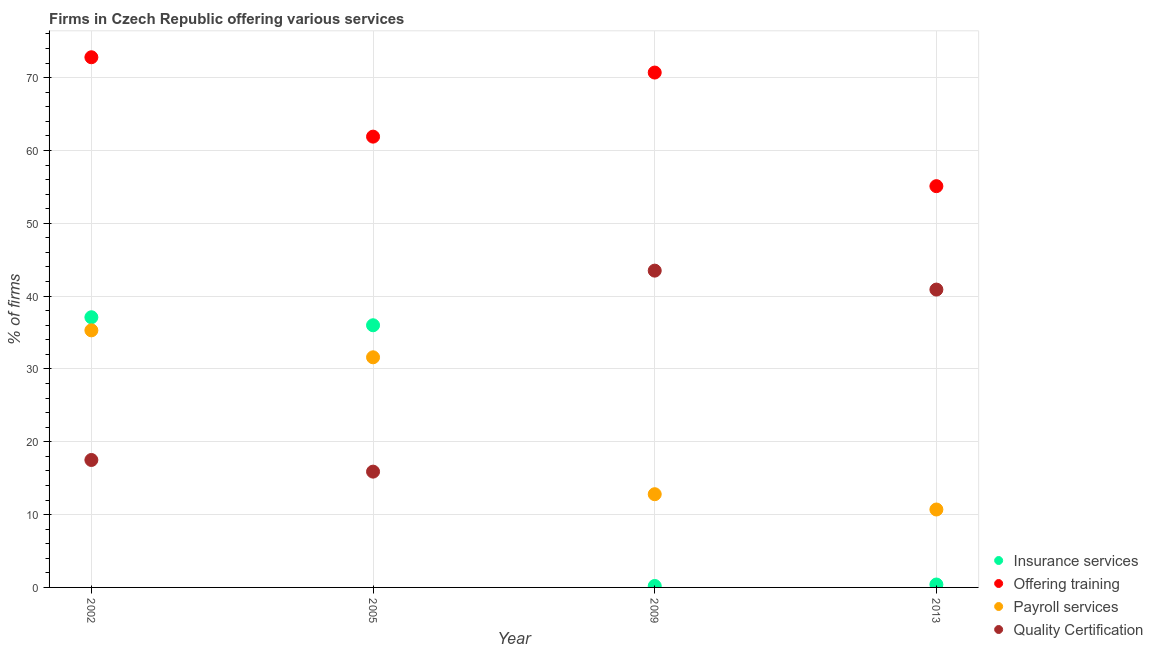
| Year | Insurance services | Offering training | Payroll services | Quality Certification |
 | --- | --- | --- | --- | --- |
 | 2002 | 37.1 | 72.8 | 35.3 | 17.5 |
 | 2005 | 36 | 61.9 | 31.6 | 15.9 |
 | 2009 | 0.2 | 70.7 | 12.8 | 43.5 |
 | 2013 | 0.4 | 55.1 | 10.7 | 40.9 |